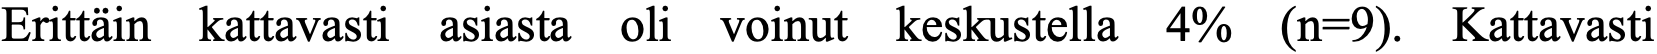
Erittäin kattavasti asiasta oli voinut keskustella 4% (n=9). Kattavasti